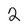
Character: 2